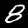
Digit: 8